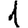
Digit: 1